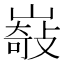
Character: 𡼋